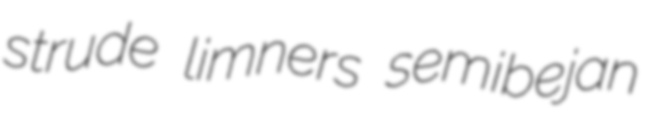
strude limners semibejan